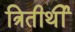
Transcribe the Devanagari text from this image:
त्रितीर्थी